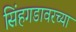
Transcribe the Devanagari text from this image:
सिंहगडावरच्या